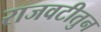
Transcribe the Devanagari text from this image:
राजवटीतुन